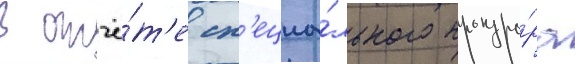
В отчё́т'е сп'ециа́льного прокуро́ра